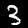
Label: 3